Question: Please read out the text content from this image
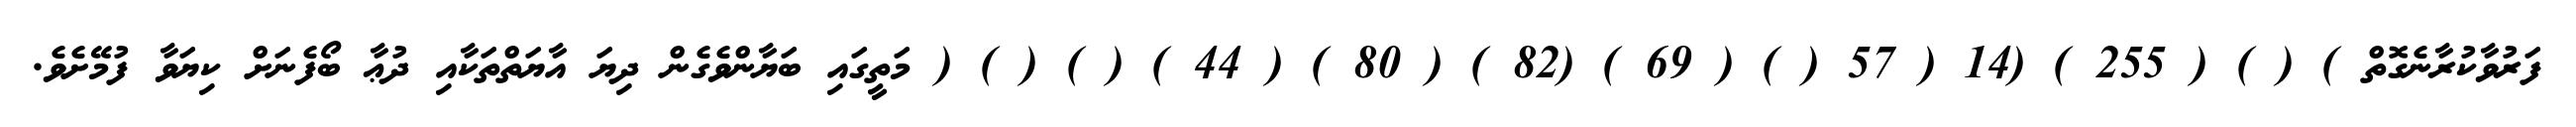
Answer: ފަރުވާކުރާނެގޮތް ) ( ) ( 255 ) (14 ( 57 ( ) ( 69 ) (82 ) ( 80 ) ( 44 ) ( ) ( ) ( މަތީގައި ބަޔާންވެގެން ދިޔަ އާޔަތްތަކާއި ދުޢާ ބޯފެނަށް ކިޔަވާ ފުމޭށެވެ.